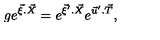
g e ^ { { \vec { \xi } } . { \vec { X } } } = e ^ { { \vec { \xi } } ^ { \prime } . { \vec { X } } } e ^ { { \vec { u } } ^ { \prime } . { \vec { T } } } ,